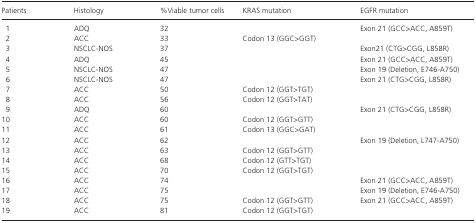
<table><thead><tr><td><b>Patients</b></td><td><b>Histology</b></td><td><b>%Viable tumor cells</b></td><td><b>KRAS mutation</b></td><td><b>EGFR mutation</b></td></tr></thead><tbody><tr><td>1</td><td>ADQ</td><td>32</td><td></td><td>Exon 21 (GCC&gt;ACC, A859T)</td></tr><tr><td>2</td><td>ACC</td><td>33</td><td>Codon 13 (GGC&gt;GGT)</td><td></td></tr><tr><td>3</td><td>NSCLC‐NOS</td><td>37</td><td></td><td>Exon21 (CTG&gt;CGG, L858R)</td></tr><tr><td>4</td><td>ADQ</td><td>45</td><td></td><td>Exon 21 (GCC&gt;ACC, A859T)</td></tr><tr><td>5</td><td>NSCLC‐NOS</td><td>47</td><td></td><td>Exon 19 (Deletion, E746‐A750)</td></tr><tr><td>6</td><td>NSCLC‐NOS</td><td>47</td><td></td><td>Exon 21 (CTG&gt;CGG, L858R)</td></tr><tr><td>7</td><td>ACC</td><td>50</td><td>Codon 12 (GGT&gt;TGT)</td><td></td></tr><tr><td>8</td><td>ACC</td><td>56</td><td>Codon 12 (GGT&gt;TAT)</td><td></td></tr><tr><td>9</td><td>ADQ</td><td>60</td><td></td><td>Exon 21 (CTG&gt;CGG, L858R)</td></tr><tr><td>10</td><td>ACC</td><td>60</td><td>Codon 12 (GGT&gt;GTT)</td><td></td></tr><tr><td>11</td><td>ACC</td><td>61</td><td>Codon 13 (GGC&gt;GAT)</td><td></td></tr><tr><td>12</td><td>ACC</td><td>62</td><td></td><td>Exon 19 (Deletion, L747‐A750)</td></tr><tr><td>13</td><td>ACC</td><td>63</td><td>Codon 12 (GGT&gt;GTT)</td><td></td></tr><tr><td>14</td><td>ACC</td><td>68</td><td>Codon 12 (GTT&gt;TGT)</td><td></td></tr><tr><td>15</td><td>ACC</td><td>70</td><td>Codon 12 (GGT&gt;TGT)</td><td></td></tr><tr><td>16</td><td>ACC</td><td>74</td><td></td><td>Exon 21 (GCC&gt;ACC, A859T)</td></tr><tr><td>17</td><td>ACC</td><td>75</td><td></td><td>Exon 19 (Deletion, E746‐A750)</td></tr><tr><td>18</td><td>ACC</td><td>75</td><td>Codon 12 (GGT&gt;GTT)</td><td>Exon 21 (GCC&gt;ACC, A859T)</td></tr><tr><td>19</td><td>ACC</td><td>81</td><td>Codon 12 (GGT&gt;TGT)</td><td></td></tr></tbody></table>